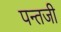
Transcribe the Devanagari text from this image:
पन्तजी